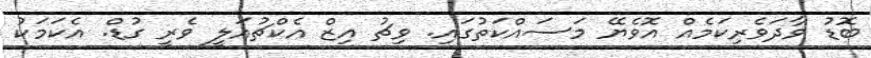
ބޮޑު ވާދަވެރިކަމެއް އޮވެޔޭ މަސައްކަތުގައި. ވިޗު އިޒް އެކްޗުއަލީ ވެރީ ގުޑް. އެކަމަކު